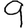
Digit: 9